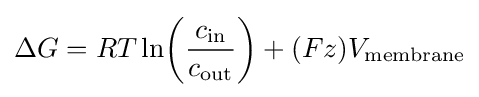
\Delta G=RT\ln {\!\left({\frac {c_{\rm {in}}}{c_{\rm {out}}}}\right)}+(Fz)V_{\rm {membrane}}